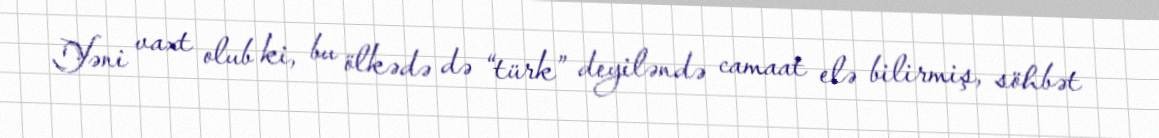
Yəni vaxt olub ki, bu ölkədə də “türk” deyiləndə camaat elə bilirmiş, söhbət